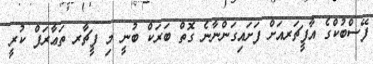
ފޭސްބުކްގެ އާފީޗަރއަށް ފަށައިގަންނާނެ ގޮތް ބަރަކް ބުނީ މި ފީޗާރ ތަޢާރަފް ކުރީ